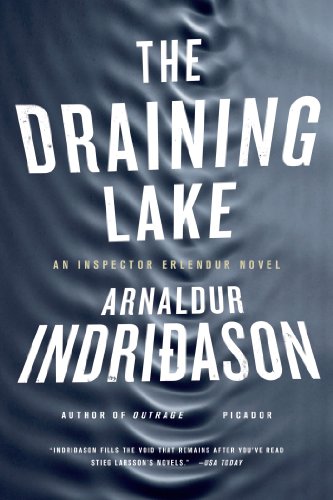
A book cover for The Draining Lake: An Inspector Erlendur Novel (An Inspector Erlendur Series); Arnaldur Indridason; Mystery, Thriller & Suspense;